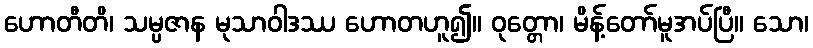
ဟောတီတိ၊ သမ္ပဇာန မုသာဝါဒဿ ဟောတဟူ၍။ ဝုတ္တော၊ မိန့်တော်မူအပ်ပြီ။ သော၊